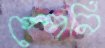
স্পেনি